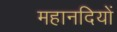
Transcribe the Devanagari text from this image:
महानदियों